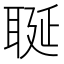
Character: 𦕣